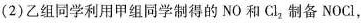
(2)乙组同学利用甲组同学制得的NO和Cl_{2}制备NOCl，